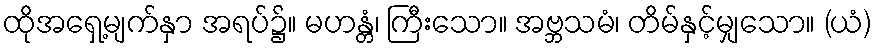
ထိုအရှေ့မျက်နှာ အရပ်၌။ မဟန္တံ၊ ကြီးသော။ အဗ္ဘသမံ၊ တိမ်နှင့်မျှသော။ (ယံ)